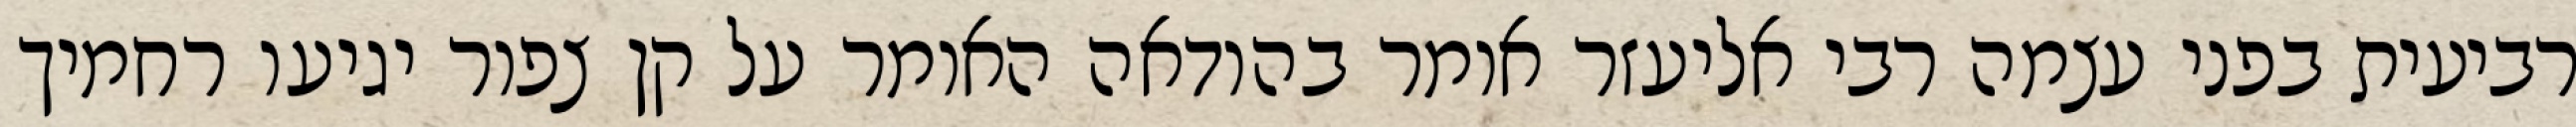
רביעית בפני עצמה רבי אליעזר אומר בהודאה האומר על קן צפור יגיעו רחמיך